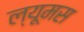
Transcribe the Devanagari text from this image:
ल्यूमस